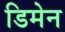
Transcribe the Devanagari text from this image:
डिमेन